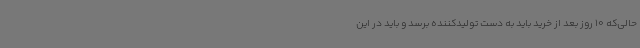
حالی‌که 10 روز بعد از خرید باید به دست تولیدکننده برسد و باید در این